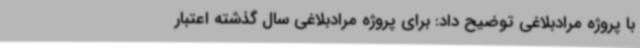
با پروژه مرادبلاغی توضیح داد: برای پروژه مرادبلاغی سال گذشته اعتبار